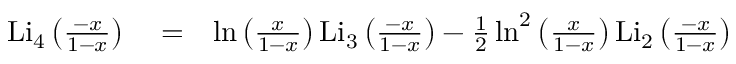
\begin{array} { r l r } { \mathrm { L i _ { 4 } } \left( \frac { - x } { 1 - x } \right) } & { { } = } & { \ln \left( \frac { x } { 1 - x } \right) \mathrm { L i _ { 3 } } \left( \frac { - x } { 1 - x } \right) - \frac { 1 } { 2 } \ln ^ { 2 } \left( \frac { x } { 1 - x } \right) \mathrm { L i _ { 2 } } \left( \frac { - x } { 1 - x } \right) } \end{array}